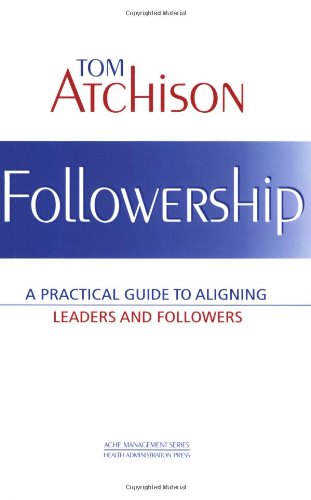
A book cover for Followership: A Practical Guide to Aligning Leaders and Followers; Tom Atchison; Medical Books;